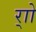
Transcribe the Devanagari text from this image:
र्‍ाो